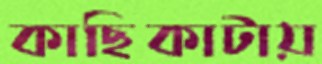
কাছিকাটায়